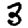
Digit: 3